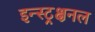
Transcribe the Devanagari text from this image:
इन्स्ट्रक्षनल